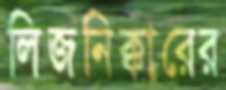
লিজনিক্কারের